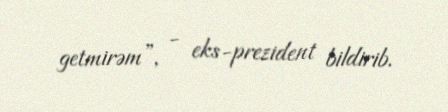
getmirəm”, - eks-prezident bildirib.